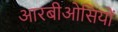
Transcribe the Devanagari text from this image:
आरबीओसियों